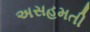
અસહમતી